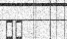
٥٣